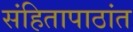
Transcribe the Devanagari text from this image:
संहितापाठांत